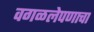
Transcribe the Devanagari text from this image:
वगळलेपणाचा